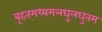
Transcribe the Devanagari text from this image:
बृहत्‌मध्यमलघुलघुतम